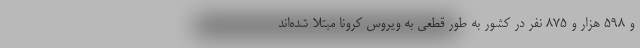
و ۵۹۸ هزار و ۸۷۵ نفر در کشور به طور قطعی به ویروس کرونا مبتلا شده‌اند